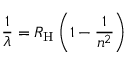
{ \frac { 1 } { \lambda } } = R _ { \mathrm { H } } \left( 1 - { \frac { 1 } { n ^ { 2 } } } \right)